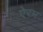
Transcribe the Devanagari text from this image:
ऐरम